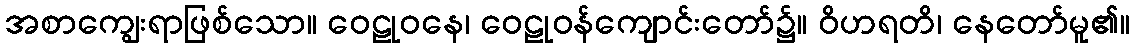
အစာကျွေးရာဖြစ်သော။ ဝေဠုဝနေ၊ ဝေဠုဝန်ကျောင်းတော်၌။ ဝိဟရတိ၊ နေတော်မူ၏။